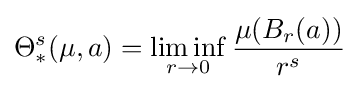
\Theta _{*}^{s}(\mu ,a)=\liminf _{r\rightarrow 0}{\frac {\mu (B_{r}(a))}{r^{s}}}